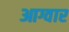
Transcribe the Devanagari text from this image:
आग्वार